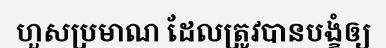
ហួសប្រមាណ ដែលត្រូវបានបង្ខំឲ្យ